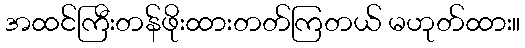
အထင်ကြီးတန်ဖိုးထားတတ်ကြတယ် မဟုတ်ထား။